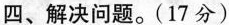
四、解决问题。(17分)